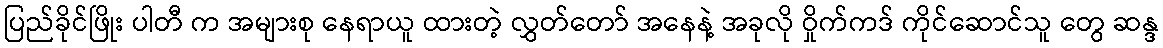
ပြည်ခိုင်ဖြိုး ပါတီ က အများစု နေရာယူ ထားတဲ့ လွှတ်တော် အနေနဲ့ အခုလို ဝှိုက်ကဒ် ကိုင်ဆောင်သူ တွေ ဆန္ဒ